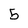
Character: 5